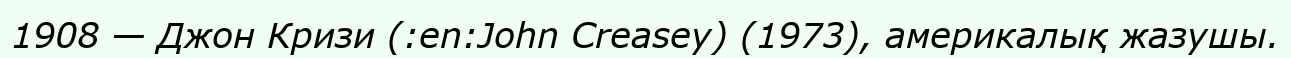
1908 — Джон Кризи (:en:John Creasey) (1973), америкалық жазушы.